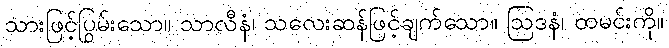
သားဖြင့်ပြွမ်းသော။ သာလီနံ၊ သလေးဆန်ဖြင့်ချက်သော။ ဩဒနံ၊ ထမင်းကို။